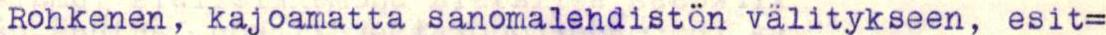
Rohkenen, kajoamatta sanomalehdistön välitykseen, esit=